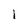
Character: l